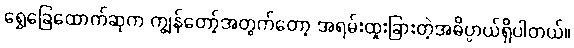
ရွှေခြေထောက်ဆုက ကျွန်တော့်အတွက်တော့ အရမ်းထူးခြားတဲ့အဓိပ္ပာယ်ရှိပါတယ်။